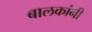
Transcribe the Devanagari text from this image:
बालकांनी